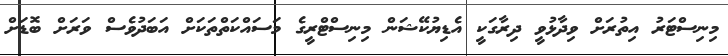
މިނިސްޓަރު އިތުރަށް ވިދާޅުވީ ދިރާގަކީ އެޑިޔުކޭޝަން މިނިސްޓްރީގެ މަސައްކަތްތަކަށް އަބަދުވެސް ވަރަށް ބޮޑަށް